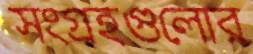
সংগ্রহগুলোর